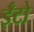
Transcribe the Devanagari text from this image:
ईँटो